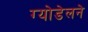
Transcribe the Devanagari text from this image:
ग्योडेलने